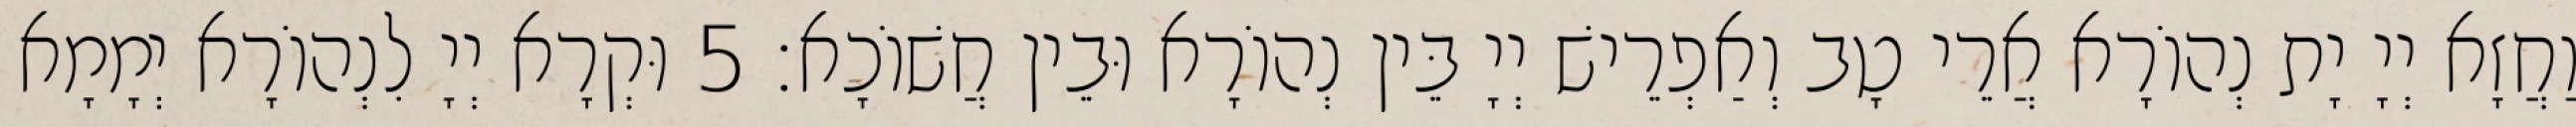
וַחֲזָא יְיָ יָת נְהוֹרָא אֲרֵי טָב וְאַפְרֵישׁ יְיָ בֵּין נְהוֹרָא וּבֵין חֲשׁוֹכָא׃ 5 וּקְרָא יְיָ לִנְהוֹרָא יְמָמָא